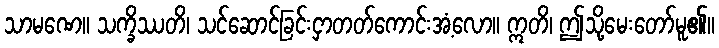
သာမဏေ။ သက္ခိဿတိ၊ သင်ဆောင်ခြင်းငှာတတ်ကောင်းအံ့လော။ ဣတိ၊ ဤသို့မေးတော်မူ၏။